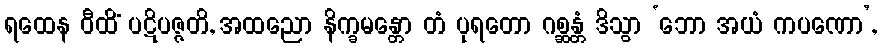
ရထေန ဝီထိံ ပဋိပဇ္ဇတိ, အထညော နိက္ခမန္တော တံ ပုရတော ဂစ္ဆန္တံ ဒိသွာ ‘ဘော အယံ ကပဏော’,